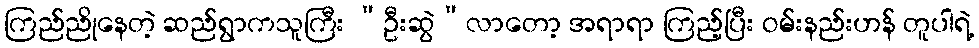
ကြည်ညိုနေတဲ့ ဆည်ရွာကသူကြီး “ဦးဆွဲ”လာတော့ အရာရာ ကြည့်ပြီး ဝမ်းနည်းဟန် တူပါရဲ့